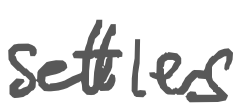
Text: settlers
Cross-out: clean
Writing tool: digital_gray